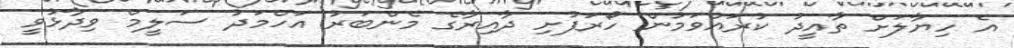
އެ ހިޔާލަށް ތާއީދު ކުރައްވަމުން ހޯރަފުށި ދާއިރާގެ މެންބަރު އަހްމަދު ސަލީމް ވިދާޅުވީ